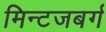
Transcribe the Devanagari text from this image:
मिन्टजबर्ग